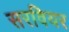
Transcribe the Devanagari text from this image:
सरवियर